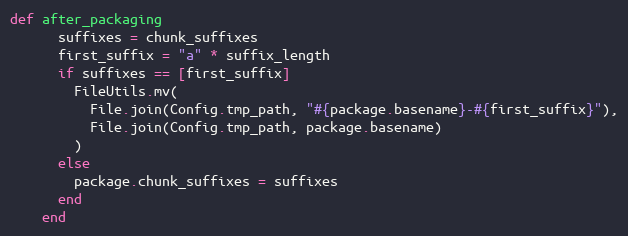
Language: Ruby
def after_packaging
      suffixes = chunk_suffixes
      first_suffix = "a" * suffix_length
      if suffixes == [first_suffix]
        FileUtils.mv(
          File.join(Config.tmp_path, "#{package.basename}-#{first_suffix}"),
          File.join(Config.tmp_path, package.basename)
        )
      else
        package.chunk_suffixes = suffixes
      end
    end